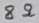
Text: 8Ω